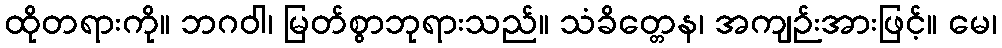
ထိုတရားကို။ ဘဂဝါ၊ မြတ်စွာဘုရားသည်။ သံခိတ္တေန၊ အကျဉ်းအားဖြင့်။ မေ၊